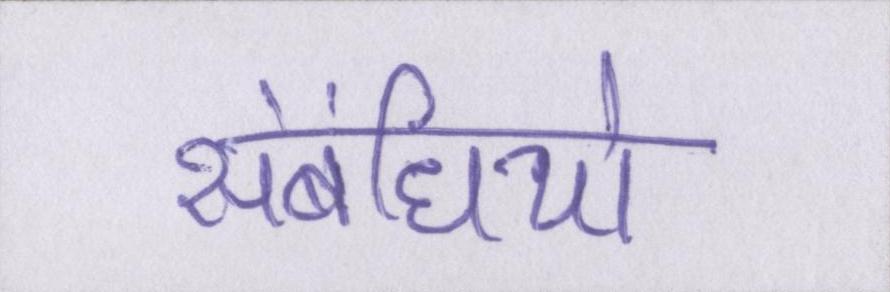
संबंधियो